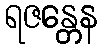
ရဇန္တေန